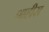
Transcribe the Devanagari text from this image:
शाहीस